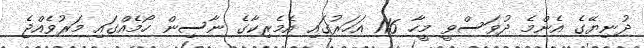
ދުނިޔޭގެ އެންމެ ދުވަސްވީ މީހާ 116 އަހަރުގައި އެމެރިކާގެ ނާސިން ހޯމެއްގައި މަރުވެއްޖެ